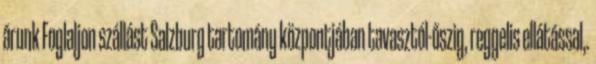
árunk Foglaljon szállást Salzburg tartomány központjában tavasztól-őszig, reggelis ellátással,.